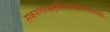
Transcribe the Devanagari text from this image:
सकरुणरसवृष्टिस्तत्त्वमालासमष्टिः